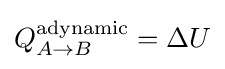
Q_{A\to B}^{\mathrm {adynamic} }=\Delta U